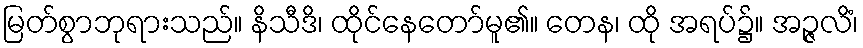
မြတ်စွာဘုရားသည်။ နိသီဒိ၊ ထိုင်နေတော်မူ၏။ တေန၊ ထို အရပ်၌။ အဉ္ဇလိံ၊